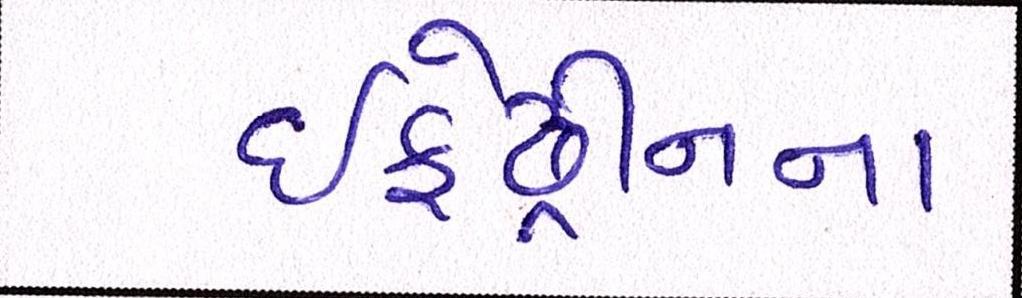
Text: ઇફેડ્રીનના